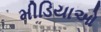
મીડિયાઓ